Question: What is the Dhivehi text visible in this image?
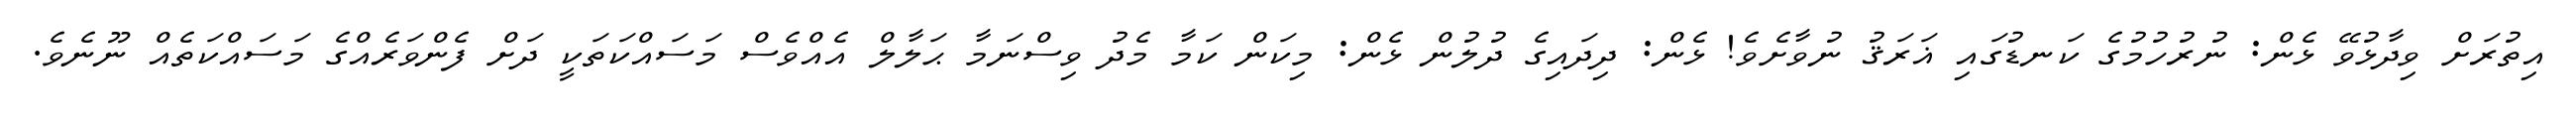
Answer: އިތުރަށް ވިދާޅުވޭ ޅެން: ނުރުހުމުގެ ކަނޑުގައި ޣަރަޤު ނުވާށެވެ! ޅެން: ދިދައިގެ ދުލުން ޅެން: މިކަން ކަމާ މެދު ވިސްނަމާ ޙަލާލް އެއްވެސް މަސައްކަތަކީ ދަށް ފެންވަރެއްގެ މަސައްކަތެއް ނޫނެވެ.